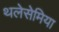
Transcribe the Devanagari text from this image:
थलेसेमिया